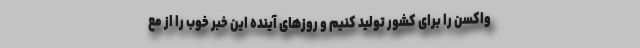
واکسن را برای کشور تولید کنیم و روزهای آینده این خبر خوب را از مع